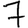
Digit: 7